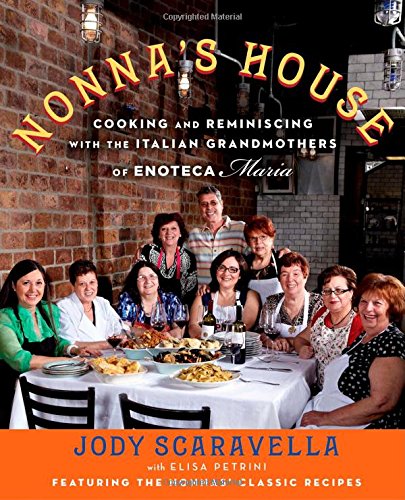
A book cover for Nonna's House: Cooking and Reminiscing with the Italian Grandmothers of Enoteca Maria; Jody Scaravella; Cookbooks, Food & Wine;